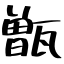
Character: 甑